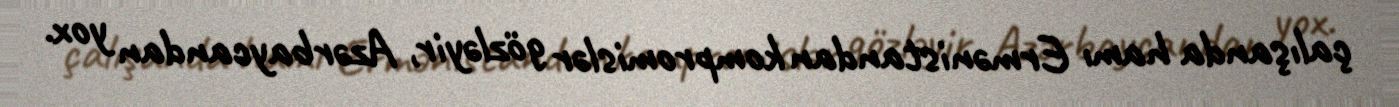
çalışanda hamı Ermənistandan kompromislər gözləyir, Azərbaycandan yox.